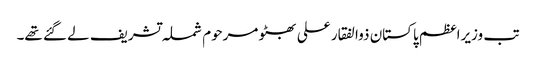
تب وزیراعظم پاکستان ذوالفقار علی بھٹو مرحوم شملہ تشریف لے گئے تھے۔